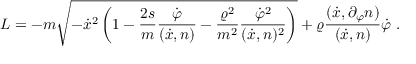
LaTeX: L = - m \sqrt { - \dot { x } ^ { 2 } \left( 1 - \frac { 2 s } { m } \frac { \dot { \varphi } } { ( \dot { x } , n ) } - \frac { \varrho ^ { 2 } } { m ^ { 2 } } \frac { \dot { \varphi } ^ { 2 } } { ( \dot { x } , n ) ^ { 2 } } \right) } + \varrho \frac { ( \dot { x } , \partial _ { \varphi } n ) } { ( \dot { x } , n ) } \dot { \varphi } \ .